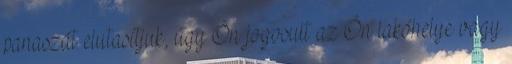
panaszát elutasítjuk, úgy Ön jogosult az Ön lakóhelye vagy